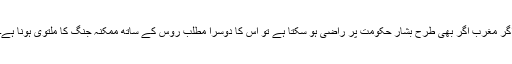
اگر مغرب اگر بھی طرح بشار حکومت پر راضی ہو سکتا ہے تو اس کا دوسرا مطلب روس کے ساتھ ممکنہ جنگ کا ملتوی ہونا ہے۔